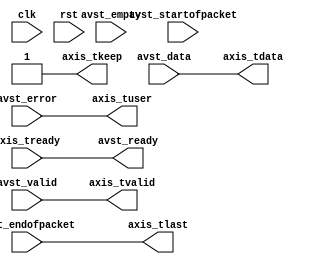
/*

Copyright (c) 2021 Alex Forencich

Permission is hereby granted, free of charge, to any person obtaining a copy
of this software and associated documentation files (the "Software"), to deal
in the Software without restriction, including without limitation the rights
to use, copy, modify, merge, publish, distribute, sublicense, and/or sell
copies of the Software, and to permit persons to whom the Software is
furnished to do so, subject to the following conditions:

The above copyright notice and this permission notice shall be included in
all copies or substantial portions of the Software.

THE SOFTWARE IS PROVIDED "AS IS", WITHOUT WARRANTY OF ANY KIND, EXPRESS OR
IMPLIED, INCLUDING BUT NOT LIMITED TO THE WARRANTIES OF MERCHANTABILITY
FITNESS FOR A PARTICULAR PURPOSE AND NONINFRINGEMENT. IN NO EVENT SHALL THE
AUTHORS OR COPYRIGHT HOLDERS BE LIABLE FOR ANY CLAIM, DAMAGES OR OTHER
LIABILITY, WHETHER IN AN ACTION OF CONTRACT, TORT OR OTHERWISE, ARISING FROM,
OUT OF OR IN CONNECTION WITH THE SOFTWARE OR THE USE OR OTHER DEALINGS IN
THE SOFTWARE.

*/

// Language: Verilog 2001

`resetall
`timescale 1ns / 1ps
`default_nettype none

/*
 * Avalon-ST to AXI stream
 */
module avst2axis #(
    parameter DATA_WIDTH = 8,
    parameter KEEP_WIDTH = (DATA_WIDTH/8),
    parameter KEEP_ENABLE = (DATA_WIDTH>8),
    parameter EMPTY_WIDTH = $clog2(KEEP_WIDTH),
    parameter BYTE_REVERSE = 0
)
(
    input  wire                    clk,
    input  wire                    rst,

    output wire                    avst_ready,
    input  wire                    avst_valid,
    input  wire [DATA_WIDTH-1:0]   avst_data,
    input  wire                    avst_startofpacket,
    input  wire                    avst_endofpacket,
    input  wire [EMPTY_WIDTH-1:0]  avst_empty,
    input  wire                    avst_error,

    output wire [DATA_WIDTH-1:0]   axis_tdata,
    output wire [KEEP_WIDTH-1:0]   axis_tkeep,
    output wire                    axis_tvalid,
    input  wire                    axis_tready,
    output wire                    axis_tlast,
    output wire                    axis_tuser
);

parameter BYTE_WIDTH = KEEP_ENABLE ? DATA_WIDTH / KEEP_WIDTH : DATA_WIDTH;

assign avst_ready = axis_tready;

generate

genvar n;

if (BYTE_REVERSE) begin : rev
    for (n = 0; n < KEEP_WIDTH; n = n + 1) begin
        assign axis_tdata[n*BYTE_WIDTH +: BYTE_WIDTH] = avst_data[(KEEP_WIDTH-n-1)*BYTE_WIDTH +: BYTE_WIDTH];
    end
end else begin
    assign axis_tdata = avst_data;
end

endgenerate

assign axis_tkeep = (KEEP_ENABLE && avst_endofpacket) ? ({KEEP_WIDTH{1'b1}} >> avst_empty) : {KEEP_WIDTH{1'b1}};

assign axis_tvalid = avst_valid;
assign axis_tlast = avst_endofpacket;
assign axis_tuser = avst_error;

endmodule

`resetall